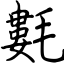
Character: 氀